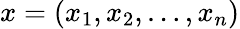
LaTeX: x=(x_{1},x_{2},\ldots,x_{n})